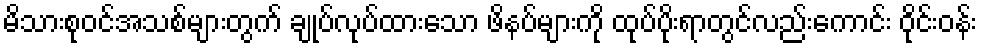
မိသားစုဝင်အသစ်များတွက် ချုပ်လုပ်ထားသော ဖိနပ်များကို ထုပ်ပိုးရာတွင်လည်းကောင်း ဝိုင်းဝန်း